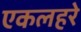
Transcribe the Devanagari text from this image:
एकलहरे